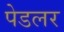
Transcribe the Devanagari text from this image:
पेडलर